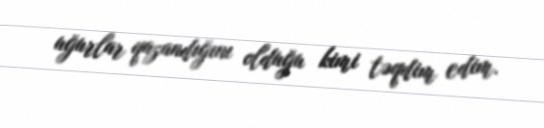
uğurlar qazandığını olduğu kimi təqdim edim.